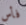
فأس